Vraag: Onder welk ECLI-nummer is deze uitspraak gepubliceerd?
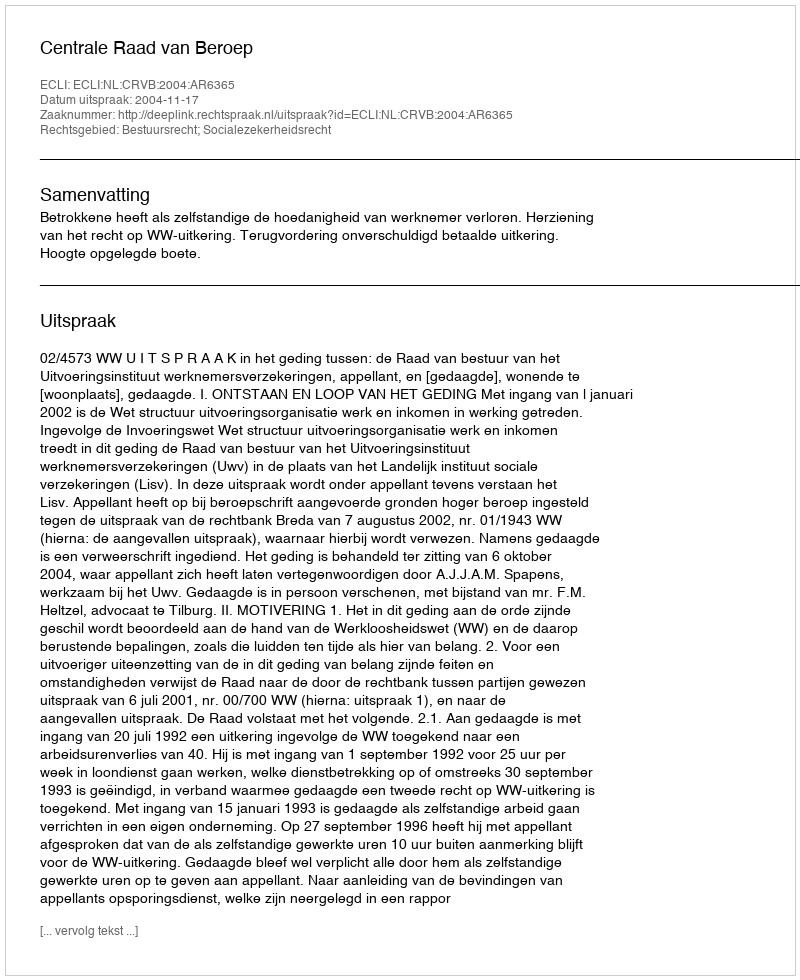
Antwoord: ECLI:NL:CRVB:2004:AR6365